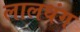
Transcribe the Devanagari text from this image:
लालधंग